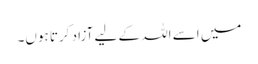
میں اسے اللہ کے لیے آزاد کرتا ہوں۔